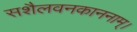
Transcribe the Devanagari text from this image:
सशैलवनकाननाम्।